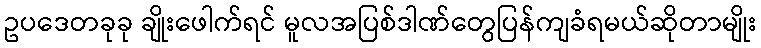
ဥပဒေတခုခု ချိုးဖေါက်ရင် မူလအပြစ်ဒါဏ်တွေပြန်ကျခံရမယ်ဆိုတာမျိုး